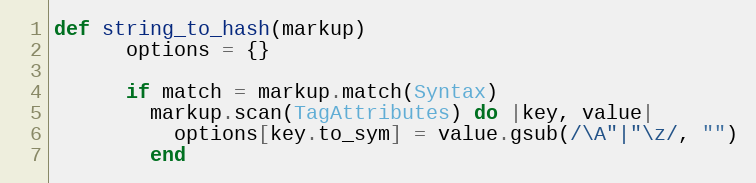
Language: Ruby
def string_to_hash(markup)
      options = {}

      if match = markup.match(Syntax)
        markup.scan(TagAttributes) do |key, value|
          options[key.to_sym] = value.gsub(/\A"|"\z/, "")
        end